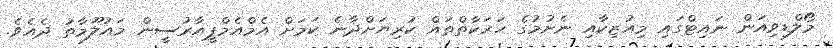
މޯލްޑިވިއަން ނައިޓްގައި މިއުޒިކާއި ނެށުމުގެ ހަރަކާތްތައް ކުރިޔަށްދާނެ ކަމަށް އެމްއެމްޕީއާރުސީން މައުލޫމާތު ދެއެވެ.